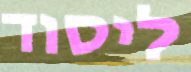
ליסוד